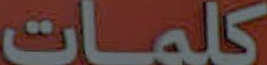
كلمات